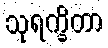
သုရက္ခိတာ